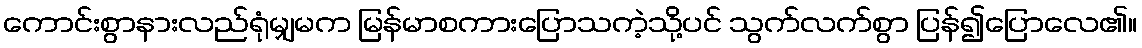
ကောင်းစွာနားလည်ရုံမျှမက မြန်မာစကားပြောသကဲ့သို့ပင် သွက်လက်စွာ ပြန်၍ပြောလေ၏။